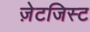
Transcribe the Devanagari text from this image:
ज़ेटजिस्ट